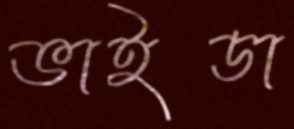
ভাইডা